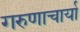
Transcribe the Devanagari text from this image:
गरुणाचार्या